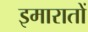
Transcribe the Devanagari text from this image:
इमारातों